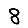
Digit: 8